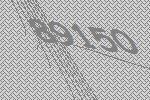
89150